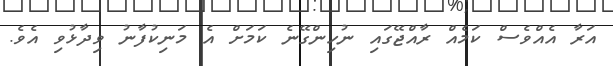
އަރާ އެއްވެސް ކަމެއް ރާއްޖޭގައި ނުހިންގޭނެ ކަމަށް އެ މަނިކުފާނު ވިދާޅުވި އެވެ.